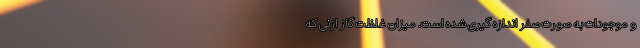
و موجودات به صورت صفر اندازه گیری شده است. میزان غلظت گاز ازنی که